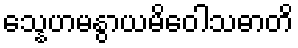
သ္နေဟမနွာယမိဝေါသဓာတိ